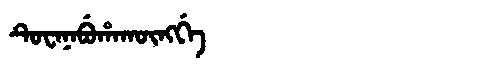
Manchu: ᡨᡠᠸᠠᠨᠠᠪᡠᡥᠠᡴᡡᠩᡤᡝ
Romanization: TUWANABUHAKŪNGGE